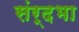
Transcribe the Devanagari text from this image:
संर्दभा